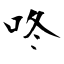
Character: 咚